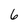
Character: 6